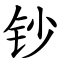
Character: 钞